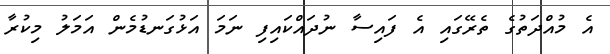
އެ މުއްދަތުގެ ތެރޭގައި އެ ފައިސާ ނުދައްކައިިފި ނަމަ އަޅުގަނޑުމެން އަމަލު މިކުރާ